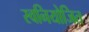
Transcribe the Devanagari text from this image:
स्वनियोजित